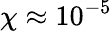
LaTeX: \chi\approx 10^{-5}